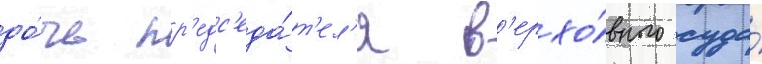
до́чь пр'едс'еда́т'ел'я в'ерхо́вного суда́